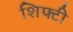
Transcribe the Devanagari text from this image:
शिफ्टी